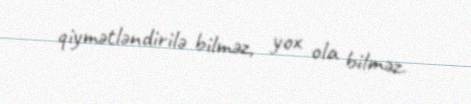
qiymətləndirilə bilməz, yox ola bilməz.